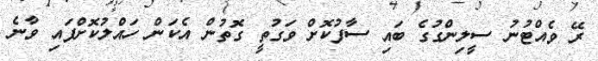
ރޭ ވެއްޓުނު ސީލިންގުގެ ބައި ސާފުކޮށް ވަގުތީ ގޮތުން އެކަން ހައްލުކޮށްފައި ވާނެ